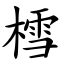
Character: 樰